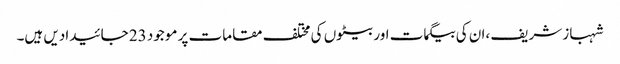
شہباز شریف ،ان کی بیگمات اور بیٹوں کی مختلف مقامات پر موجود 23 جائیدادیں ہیں۔